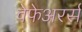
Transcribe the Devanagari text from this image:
वेफेअरर्स